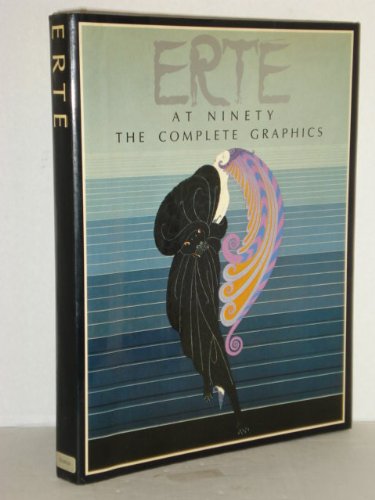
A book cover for Erte at Ninety: The Complete Graphics; Erte; Reference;